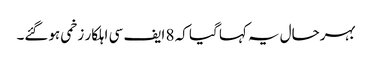
بہرحال یہ کہا گیا کہ 8 ایف سی اہلکار زخمی ہوگئے۔